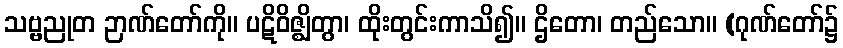
သဗ္ဗညုတ ဉာဏ်တော်ကို။ ပဋိဝိဇ္ဈိတွာ၊ ထိုးတွင်းကာသိ၍။ ဌိတော၊ တည်သော။ (ဂုဏ်တော်၌